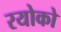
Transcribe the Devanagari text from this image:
रयोको